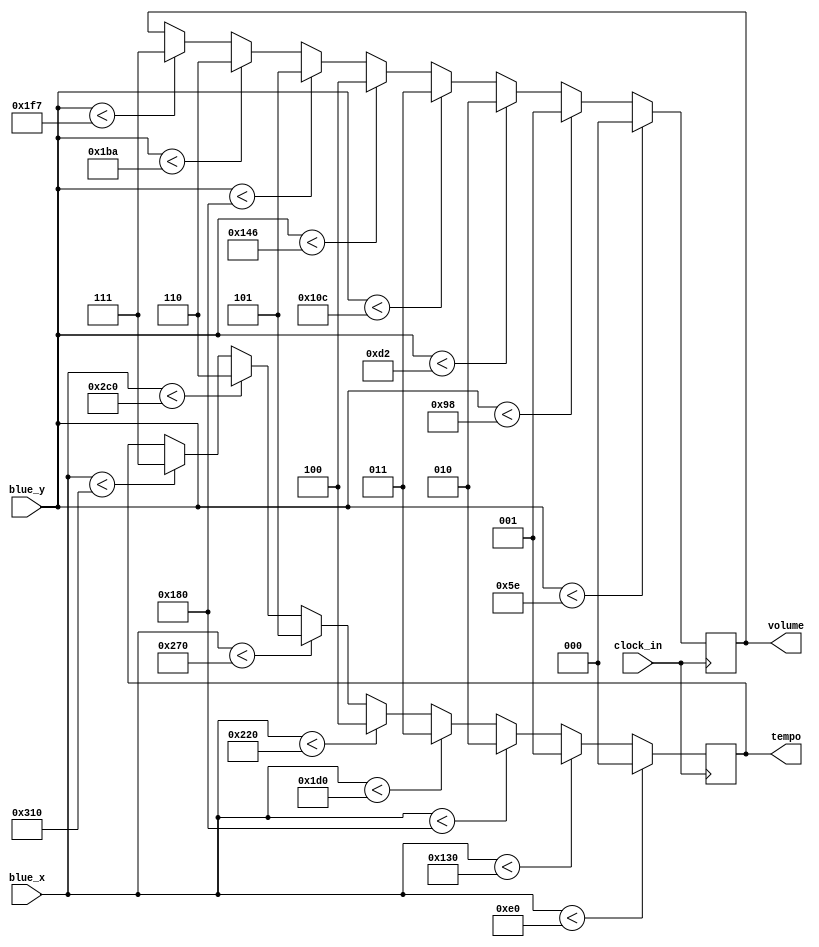
module pitch_volume_out(clock_in, blue_x, blue_y, tempo, volume);
   input [9:0] blue_x;
   input [9:0] blue_y;
   input 	   clock_in;
   

   output reg [2:0] tempo;
   output reg [2:0] volume;

   always @ (posedge clock_in)
	 begin
		if(blue_x < 10'd224) tempo = 3'd0;
		else if(blue_x < 10'd304) tempo = 3'd1;
		else if(blue_x < 10'd384) tempo = 3'd2;
		else if(blue_x < 10'd464) tempo = 3'd3;
		else if(blue_x < 10'd544) tempo = 3'd4;
		else if(blue_x < 10'd624) tempo = 3'd5;
		else if(blue_x < 10'd704) tempo = 3'd6;
		else if(blue_x < 10'd784) tempo = 3'd7;
		if(blue_y < 10'd94) volume = 3'd0;
		else if(blue_y < 10'd152) volume = 3'd1;
		else if(blue_y < 10'd210) volume = 3'd2;
		else if(blue_y < 10'd268) volume = 3'd3;
		else if(blue_y < 10'd326) volume = 3'd4;
		else if(blue_y < 10'd384) volume = 3'd5;
		else if(blue_y < 10'd442) volume = 3'd6;
		else if(blue_y < 10'd503) volume = 3'd7;
	 end
endmodule // pitch_volume_out